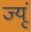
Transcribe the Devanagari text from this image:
ज्यूं